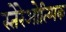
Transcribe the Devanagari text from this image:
स्तेरेओत्य्पिक